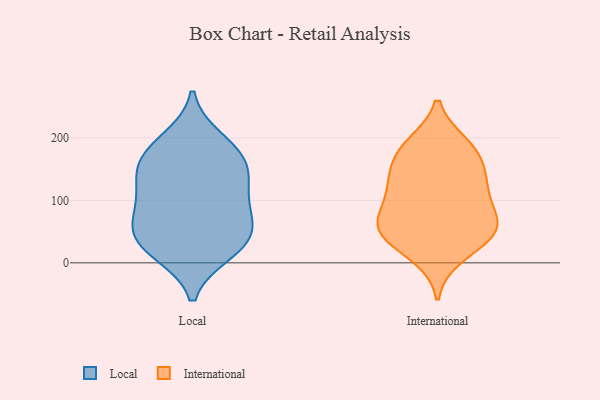
{"axis": {"x": "Demand Index", "y": "Value"}, "legend": ["International", "Local"], "data": [{"x": "", "y": 182, "type": "Local"}, {"x": "", "y": 88, "type": "Local"}, {"x": "", "y": 162, "type": "Local"}, {"x": "", "y": 197, "type": "Local"}, {"x": "", "y": 19, "type": "Local"}, {"x": "", "y": 38, "type": "Local"}, {"x": "", "y": 116, "type": "Local"}, {"x": "", "y": 70, "type": "Local"}, {"x": "", "y": 161, "type": "Local"}, {"x": "", "y": 55, "type": "Local"}, {"x": "", "y": 117, "type": "Local"}, {"x": "", "y": 17, "type": "Local"}, {"x": "", "y": 144, "type": "Local"}, {"x": "", "y": 45, "type": "Local"}, {"x": "", "y": 51, "type": "International"}, {"x": "", "y": 140, "type": "International"}, {"x": "", "y": 110, "type": "International"}, {"x": "", "y": 59, "type": "International"}, {"x": "", "y": 162, "type": "International"}, {"x": "", "y": 53, "type": "International"}, {"x": "", "y": 66, "type": "International"}, {"x": "", "y": 27, "type": "International"}, {"x": "", "y": 188, "type": "International"}, {"x": "", "y": 180, "type": "International"}, {"x": "", "y": 64, "type": "International"}, {"x": "", "y": 114, "type": "International"}, {"x": "", "y": 11, "type": "International"}, {"x": "", "y": 108, "type": "International"}, {"x": "", "y": 190, "type": "International"}, {"x": "", "y": 139, "type": "International"}, {"x": "", "y": 53, "type": "International"}]}